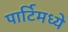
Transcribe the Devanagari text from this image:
पार्टिमध्ये